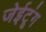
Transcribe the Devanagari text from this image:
जेईटूंग